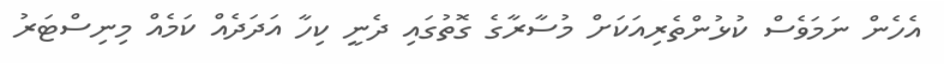
އެހެން ނަމަވެސް ކުޅުންތެރިއަކަށް މުސާރާގެ ގޮތުގައި ދެނީ ކިހާ އަދަދެއް ކަމެއް މިނިސްޓަރު